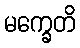
မက္ခေတိ